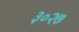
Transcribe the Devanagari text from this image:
३०२७